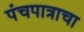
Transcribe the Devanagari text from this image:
पंचपात्राचा